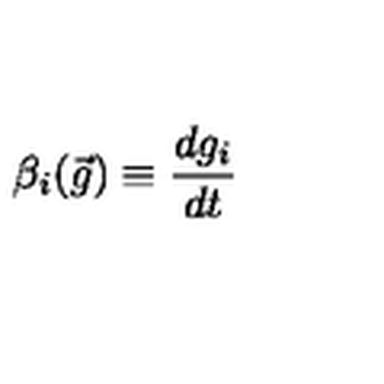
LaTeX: \beta _ { i } ( \vec { g } ) \equiv \frac { d g _ { i } } { d t }